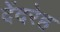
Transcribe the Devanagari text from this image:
देंदरेह